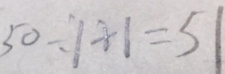
5 0 \div 1 + 1 = 5 1